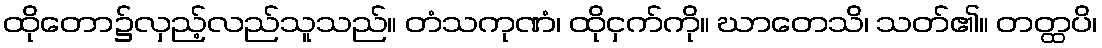
ထိုတော၌လှည့်လည်သူသည်။ တံသကုဏံ၊ ထိုငှက်ကို။ ဃာတေသိ၊ သတ်၏။ တတ္ထပိ၊